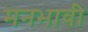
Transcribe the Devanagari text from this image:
मनभावी